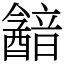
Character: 韽